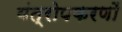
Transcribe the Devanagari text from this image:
यंत्रोपकरणों